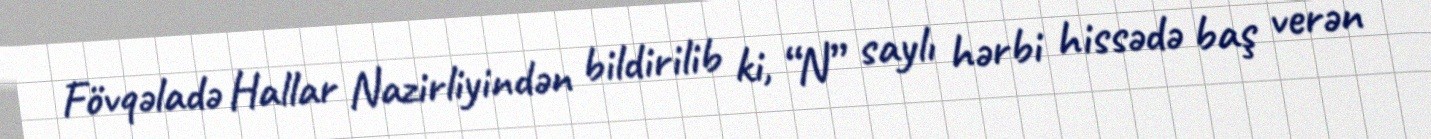
Fövqəladə Hallar Nazirliyindən bildirilib ki, “N” saylı hərbi hissədə baş verən